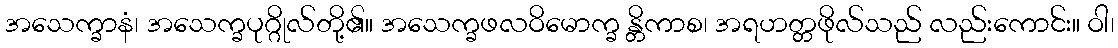
အသေက္ခာနံ၊ အသေက္ခပုဂ္ဂိုလ်တို့၏။ အသေက္ခဖလဝိမောက္ခ န္တိကာစ၊ အရဟတ္တဖိုလ်သည် လည်းကောင်း။ ဝါ၊